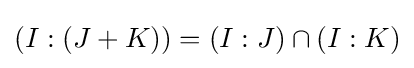
(I:(J+K))=(I:J)\cap (I:K)